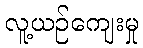
လူ့ယဉ်ကျေးမှု